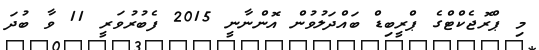
މި ޕްރޮޖެކްޓްގެ ޕްރީބިޑް ބައްދަލުވުން އޮންނާނީ 2015 ފެބުރުވަރީ 11 ވާ ބުދަ